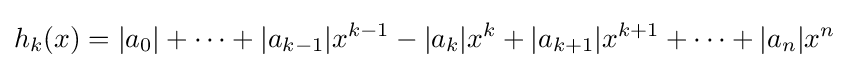
h_{k}(x)=|a_{0}|+\cdots +|a_{k-1}|x^{k-1}-|a_{k}|x^{k}+|a_{k+1}|x^{k+1}+\cdots +|a_{n}|x^{n}